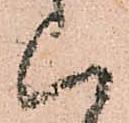
ハ